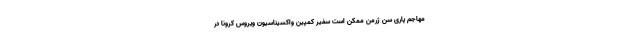
مهاجم پاری سن ژرمن ممکن است سفیر کمپین واکسیناسیون ویروس کرونا در